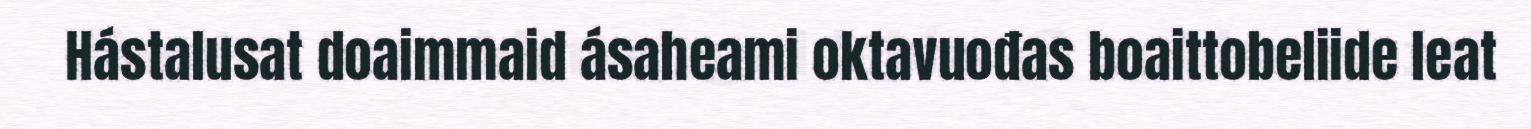
Hástalusat doaimmaid ásaheami oktavuođas boaittobeliide leat